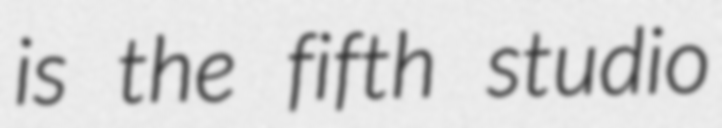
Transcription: is the fifth studio